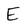
Character: E